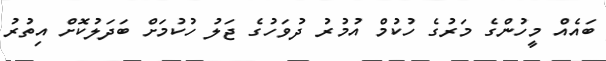
ބައެއް މީހުންގެ މަރުގެ ހުކުމް އުމުރު ދުވަހުގެ ޖަލު ހުކުމަށް ބަދަލުކޮށް އިތުރު